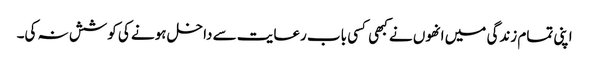
اپنی تمام زندگی میں انھوں نے کبھی کسی باب رعایت سے داخل ہونے کی کوشش نہ کی۔